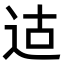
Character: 𫐢